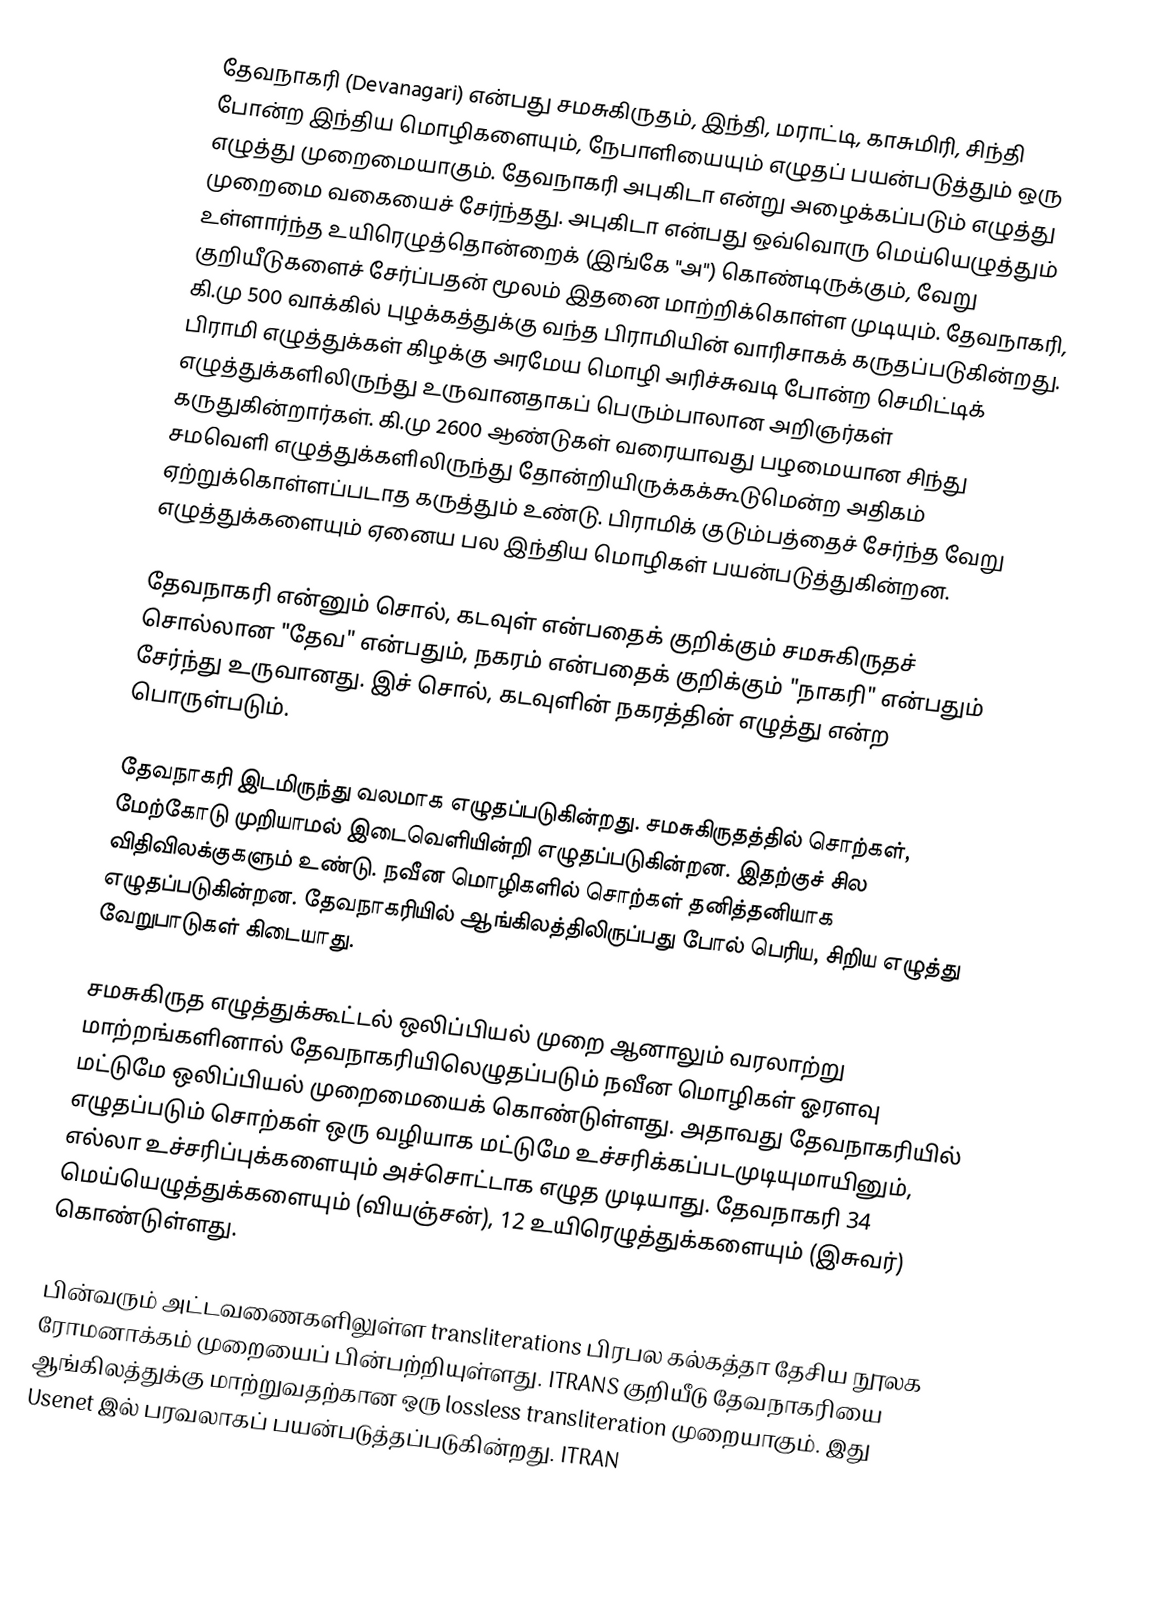
தேவநாகரி (Devanagari) என்பது சமசுகிருதம், இந்தி, மராட்டி, காசுமிரி, சிந்தி போன்ற இந்திய மொழிகளையும், நேபாளியையும் எழுதப் பயன்படுத்தும் ஒரு எழுத்து முறைமையாகும். தேவநாகரி அபுகிடா என்று அழைக்கப்படும் எழுத்து முறைமை வகையைச் சேர்ந்தது. அபுகிடா என்பது ஒவ்வொரு மெய்யெழுத்தும் உள்ளார்ந்த உயிரெழுத்தொன்றைக் (இங்கே "அ") கொண்டிருக்கும், வேறு குறியீடுகளைச் சேர்ப்பதன் மூலம் இதனை மாற்றிக்கொள்ள முடியும். தேவநாகரி, கி.மு 500 வாக்கில் புழக்கத்துக்கு வந்த பிராமியின் வாரிசாகக் கருதப்படுகின்றது. பிராமி எழுத்துக்கள் கிழக்கு அரமேய மொழி அரிச்சுவடி போன்ற செமிட்டிக் எழுத்துக்களிலிருந்து உருவானதாகப் பெரும்பாலான அறிஞர்கள் கருதுகின்றார்கள். கி.மு 2600 ஆண்டுகள் வரையாவது பழமையான சிந்து சமவெளி எழுத்துக்களிலிருந்து தோன்றியிருக்கக்கூடுமென்ற அதிகம் ஏற்றுக்கொள்ளப்படாத கருத்தும் உண்டு. பிராமிக் குடும்பத்தைச் சேர்ந்த வேறு எழுத்துக்களையும் ஏனைய பல இந்திய மொழிகள் பயன்படுத்துகின்றன.

தேவநாகரி என்னும் சொல், கடவுள் என்பதைக் குறிக்கும் சமசுகிருதச் சொல்லான "தேவ" என்பதும், நகரம் என்பதைக் குறிக்கும் "நாகரி" என்பதும் சேர்ந்து உருவானது. இச் சொல், கடவுளின் நகரத்தின் எழுத்து என்ற பொருள்படும்.

தேவநாகரி இடமிருந்து வலமாக எழுதப்படுகின்றது. சமசுகிருதத்தில் சொற்கள், மேற்கோடு முறியாமல் இடைவெளியின்றி எழுதப்படுகின்றன. இதற்குச் சில விதிவிலக்குகளும் உண்டு. நவீன மொழிகளில் சொற்கள் தனித்தனியாக எழுதப்படுகின்றன. தேவநாகரியில் ஆங்கிலத்திலிருப்பது போல் பெரிய, சிறிய எழுத்து வேறுபாடுகள் கிடையாது.

சமசுகிருத எழுத்துக்கூட்டல் ஒலிப்பியல் முறை ஆனாலும் வரலாற்று மாற்றங்களினால் தேவநாகரியிலெழுதப்படும் நவீன மொழிகள் ஓரளவு மட்டுமே ஒலிப்பியல் முறைமையைக் கொண்டுள்ளது. அதாவது தேவநாகரியில் எழுதப்படும் சொற்கள் ஒரு வழியாக மட்டுமே உச்சரிக்கப்படமுடியுமாயினும், எல்லா உச்சரிப்புக்களையும் அச்சொட்டாக எழுத முடியாது. தேவநாகரி 34 மெய்யெழுத்துக்களையும் (வியஞ்சன்), 12 உயிரெழுத்துக்களையும் (இசுவர்) கொண்டுள்ளது.

பின்வரும் அட்டவணைகளிலுள்ள transliterations பிரபல கல்கத்தா தேசிய நூலக ரோமனாக்கம் முறையைப் பின்பற்றியுள்ளது. ITRANS குறியீடு தேவநாகரியை ஆங்கிலத்துக்கு மாற்றுவதற்கான ஒரு lossless transliteration முறையாகும். இது Usenet இல் பரவலாகப் பயன்படுத்தப்படுகின்றது. ITRAN